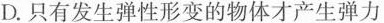
D.只有发生弹性形变的物体才产生弹力